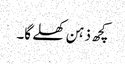
کچھ ذہن کھلے گا۔